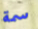
سمة